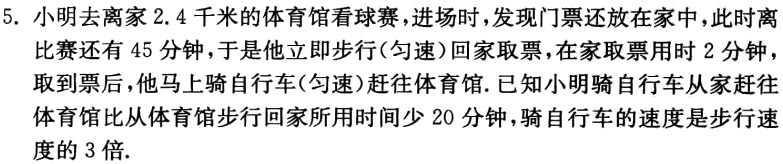
5. 小明去离家$2.4$千米的体育馆看球赛，进场时，发现门票还放在家中，此时离比赛还有$45$分钟，于是他立即步行(匀速)回家取票，在家取票用时$2$分钟，取到票后，他马上骑自行车(匀速)赶往体育馆.已知小明骑自行车从家赶往体育馆比从体育馆步行回家所用时间少$20$分钟，骑自行车的速度是步行速度的$3$倍.